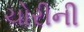
ચોરીની